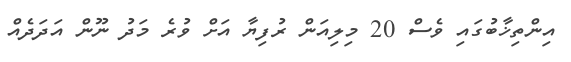
އިންތިޚާބުގައި ވެސް 20 މިލިއަން ރުފިޔާ އަށް ވުރެ މަދު ނޫން އަދަދެއް